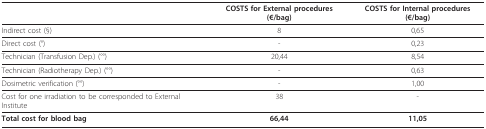
<table><thead><tr><td>[EMPTY_CELL]</td><td><b>COSTS for External procedures (€/bag)</b></td><td><b>COSTS for Internal procedures (€/bag)</b></td></tr></thead><tbody><tr><td>Indirect cost (§)</td><td>8</td><td>0,65</td></tr><tr><td>Direct cost (°)</td><td>-</td><td>0,23</td></tr><tr><td>Technician (Transfusion Dep.) (°°)</td><td>20,44</td><td>8,54</td></tr><tr><td>Technician (Radiotherapy Dep.) (°°)</td><td>-</td><td>0,63</td></tr><tr><td>Dosimetric verification (°°)</td><td>-</td><td>1,00</td></tr><tr><td>Cost for one irradiation to be corresponded to External Institute</td><td>38</td><td>-</td></tr><tr><td><b>Total cost for blood bag</b></td><td><b>66,44</b></td><td><b>11,05</b></td></tr></tbody></table>